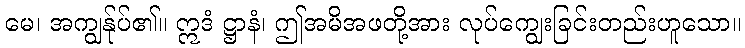
မေ၊ အကျွန်ုပ်၏။ ဣဒံ ဋ္ဌာနံ၊ ဤအမိအဖတို့အား လုပ်ကျွေးခြင်းတည်းဟူသော။